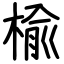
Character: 楡